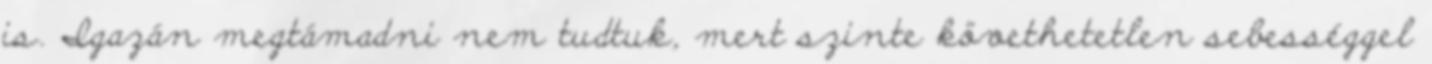
is. Igazán megtámadni nem tudtuk, mert szinte követhetetlen sebességgel